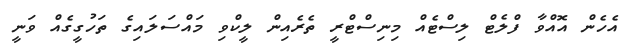
އެހެން އޮއްވާ ފްލެޓް ލިސްޓެއް މިނިސްޓްރީ ތެރެއިން ލީކްވި މައްސަލައިގެ ތަހުގީގެއް ވަނީ